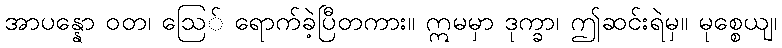
အာပန္နော ဝတ၊ ဩေ် ရောက်ခဲ့ပြီတကား။ ဣမမှာ ဒုက္ခာ၊ ဤဆင်းရဲမှ။ မုစ္စေယျ၊